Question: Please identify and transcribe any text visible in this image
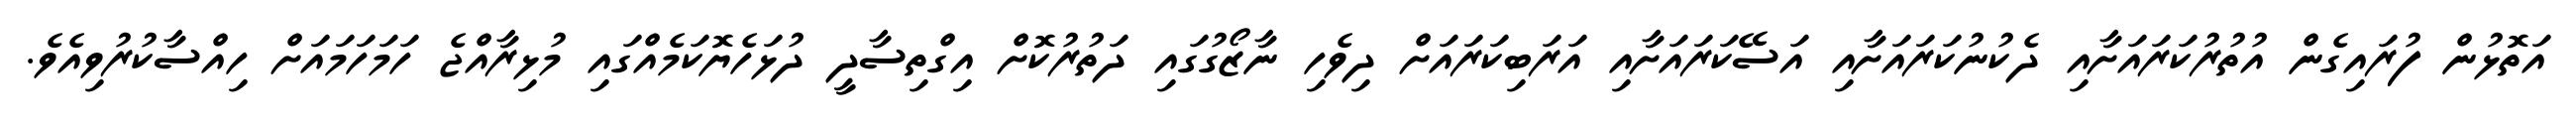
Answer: އަތޮޅުން ފުރައިގެން އުތުރުކަރައަށާއި ދެކުނުކަރައަށާއި އަސޭކަރައަށާއި އަރަބިކަރައަށް ދިވެހި ނާޒޯގުގައި ދަތުރުކޮށް އިގްތިސާދީ ދުޅަހެޔޮކަމެއްގައި މުޅިރާއްޖެ ހަމަހަމައަށް ހިއްސާކުރުވިއެވެ.